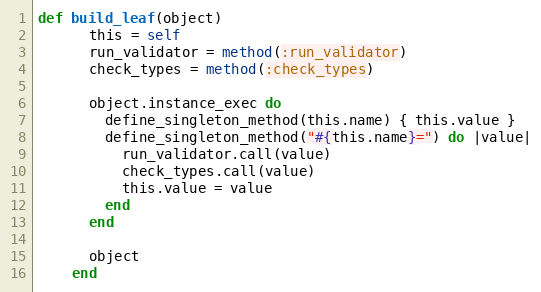
Language: Ruby
def build_leaf(object)
      this = self
      run_validator = method(:run_validator)
      check_types = method(:check_types)

      object.instance_exec do
        define_singleton_method(this.name) { this.value }
        define_singleton_method("#{this.name}=") do |value|
          run_validator.call(value)
          check_types.call(value)
          this.value = value
        end
      end

      object
    end